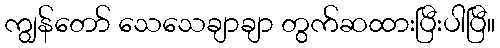
ကျွန်တော် သေသေချာချာ တွက်ဆထားပြီးပါပြီ။